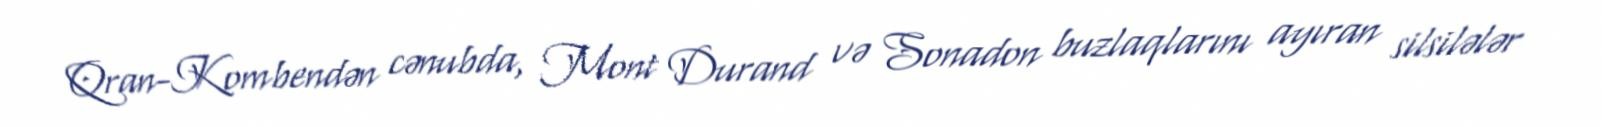
Qran-Kombendən cənubda, Mont Durand və Sonadon buzlaqlarını ayıran silsilələr